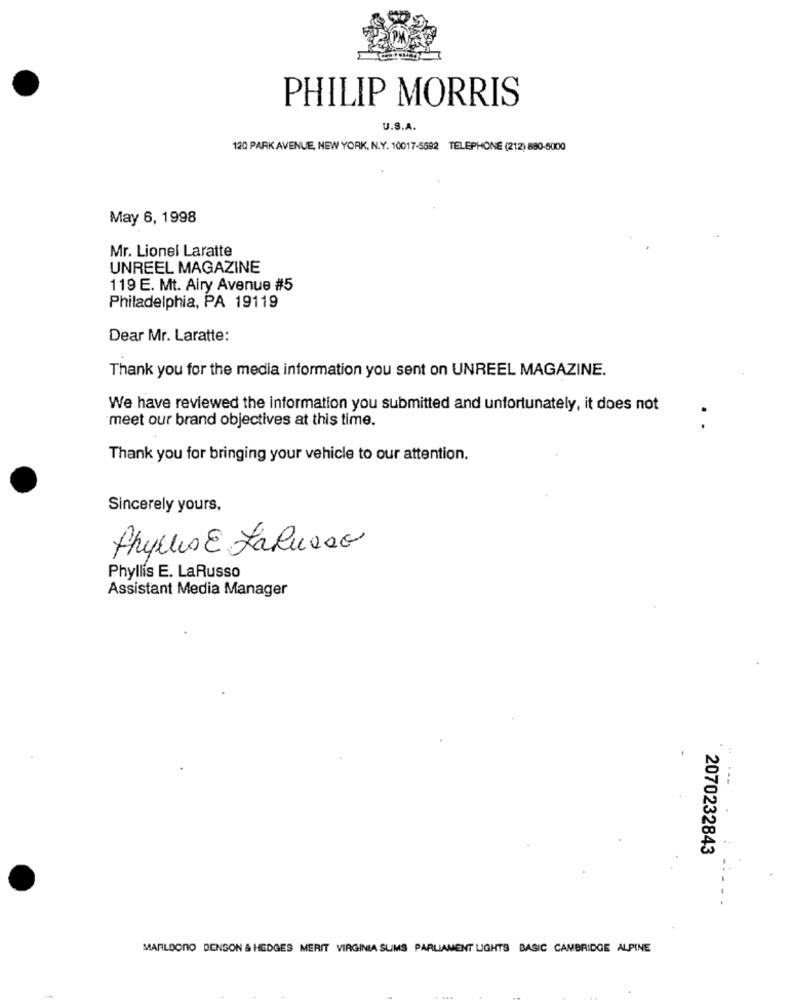
PHILIP MORRIS
U.S.A.
120 PARK AVENUE, NEW YORK, N.Y. 10017-5592 TELEPHONE (212) 880-5000
May 6, 1998
Mr. Lionel Laratte
UNREEL MAGAZINE
119 E. Mt. Airy Avenue #5
Philadelphia, PA 19119
Dear Mr. Laratte:
Thank you for the media information you sent on UNREEL MAGAZINE.
We have reviewed the information you submitted and unfortunately, it does not
meet our brand objectives at this time.
. .
Thank you for bringing your vehicle to our attention.
Sincerely yours,
Phyllis @ JaRusso
Phyllis E. LaRusso
Assistant Media Manager
2070232843
MARLDONO DENSON & HEDGES MERIT VIRGINIA SUMS PARLIAMENT LIGHTS BASIC CAMBRIDGE ALPINE